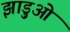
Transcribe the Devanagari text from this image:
झाड़ुओं